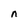
Character: n